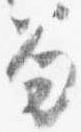
笏